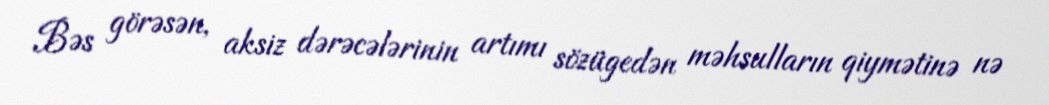
Bəs görəsən, aksiz dərəcələrinin artımı sözügedən məhsulların qiymətinə nə